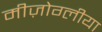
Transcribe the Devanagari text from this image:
मीज़ोग्लीया